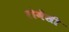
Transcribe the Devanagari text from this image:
रोमेंसी